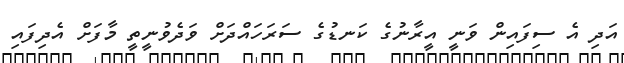
އަދި އެ ސިފައިން ވަނީ އީރާނުގެ ކަނޑުގެ ސަރަހައްދަށް ވަދެވުނީތީ މާފަށް އެދިފައި